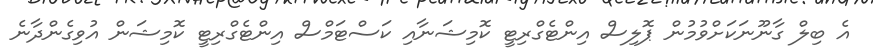
އެ ބިލް ގާނޫނަކަށްވުމުން ޕޮލިސް އިންޓެގްރިޓީ ކޮމިޝަނާއި ކަސްޓަމްސް އިންޓެގްރިޓީ ކޮމިޝަން އުވިގެންދާނެ